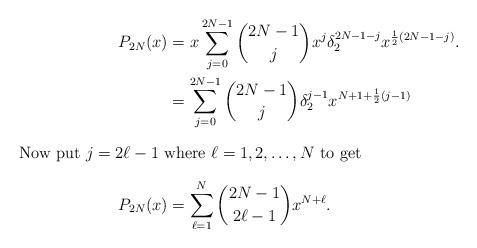
LaTeX: \begin{align*}P_{2N}(x) &= x \sum_{j=0}^{2N-1} {2N-1\choose j} x^j \delta_2^{2N-1-j} x^{\frac12(2N-1-j)}.\\&= \sum_{j=0}^{2N-1} {2N-1\choose j} \delta_2^{j-1} x^{N+1 + \frac12(j-1)}\intertext{Now put $j = 2\ell-1$ where $\ell=1,2,\dots, N$ to get}P_{2N}(x)&= \sum_{\ell=1}^{N} {2N-1\choose 2\ell-1} x^{N+\ell}.\end{align*}